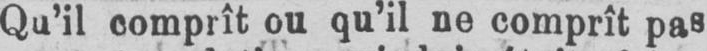
Qu’il comprît ou qu’il ne comprît pas